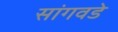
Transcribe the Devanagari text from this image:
सांगवडे